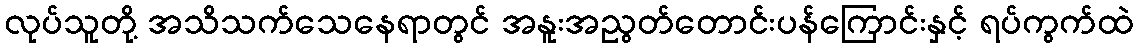
လုပ်သူတို့ အသိသက်သေနေရာတွင် အနူးအညွတ်တောင်းပန်ကြောင်းနှင့် ရပ်ကွက်ထဲ